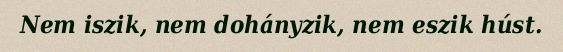
Nem iszik, nem dohányzik, nem eszik húst.